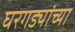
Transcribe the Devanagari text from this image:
घरगड्यांच्या